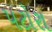
પટોરા